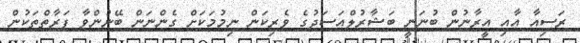
ރަސިއާ އާއި އީރާނުން ބުނަނީ ބަޝާރުލްއަސަދުގެ ވެރިކަން ނިމުމަކަށް ގެންނަން ބޭނުންވާ ފަރާތްތަކުން